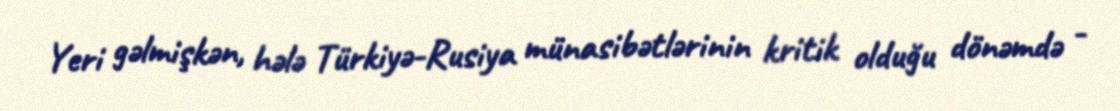
Yeri gəlmişkən, hələ Türkiyə-Rusiya münasibətlərinin kritik olduğu dönəmdə -